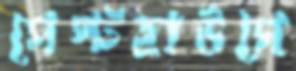
গেস্টহাউসে